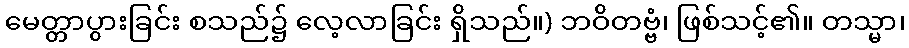
မေတ္တာပွားခြင်း စသည်၌ လေ့လာခြင်း ရှိသည်။) ဘဝိတဗ္ဗံ၊ ဖြစ်သင့်၏။ တသ္မာ၊